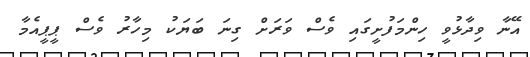
އޭނާ ވިދާޅުވީ ހިންމަފުށީގައި ވެސް ވަރަށް ގިނަ ބަޔަކު މިހާރު ވެސް ޕީޕީއެމާ